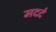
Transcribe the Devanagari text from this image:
मददे